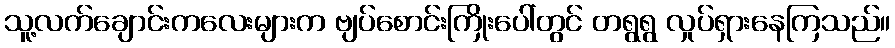
သူ့လက်ချောင်းကလေးများက ဗျပ်စောင်းကြိုးပေါ်တွင် တရွရွ လှုပ်ရှားနေကြသည်။